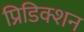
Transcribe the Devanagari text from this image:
प्रिडिक्शन